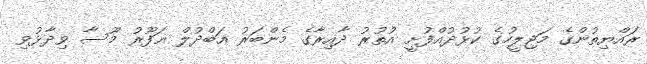
ރައްޔިތުންގެ މަޖިލީހުގެ ކުޅުދުއްފުށީ އުތުރު ދާއިރާގެ މެންބަރު އަބްދުލް ޣަފޫރު މޫސާ ވިދާޅުވި